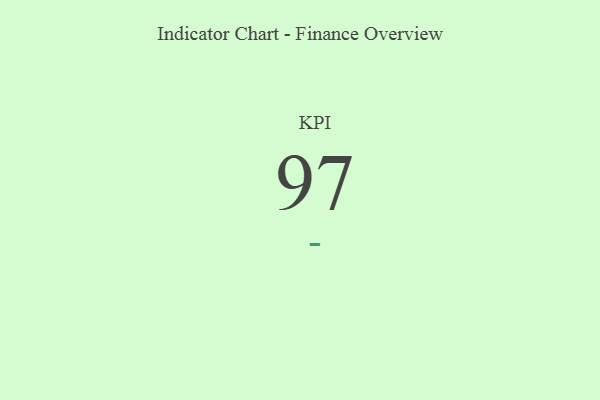
{"axis": {"x": "KPI", "y": "Value"}, "legend": [""], "data": [{"x": "KPI", "y": 97, "type": ""}]}